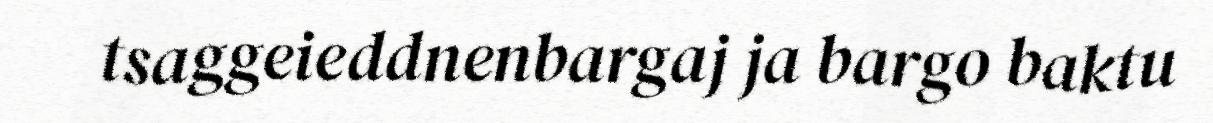
tsaggeieddnenbargaj ja bargo baktu